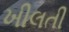
ખીલતી